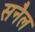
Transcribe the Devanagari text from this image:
सनैल